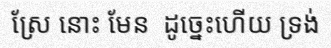
ស្រែ នោះ មែន  ដូច្នេះហើយ ទ្រង់